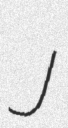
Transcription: J